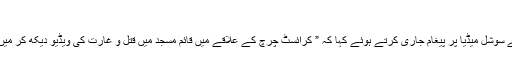
“
دوسری جانب پاکستان کرکٹ ٹیم کے سابق فاسٹ باولر شعیب اختر نے سوشل میڈیا پر پیغام جاری کرتے ہوئے کہا کہ ” کرائسٹ چرچ کے علاقے میں قائم مسجد میں قتل و غارت کی ویڈیو دیکھ کر میں پریشان ہو گیا ہوں ، کیا ہم عبادت گاہوں میں بھی محفوظ نہیں رہے ؟